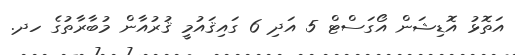
އަތޮޅު އޮޑިޝަން އޯގަސްޓް 5 އަދި 6 ގައިޤައުމީ ޤުރުއާން މުބާރާތުގެ ހދ.